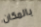
بالمكان